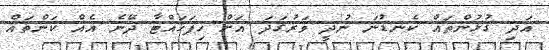
އަދި ގުޅުންތައް ކެނޑުނަ ނުދީ ވަރުގަދަ އަށް ހިފަހައްޓާ ދޭނެ އެއް ކަންތައް